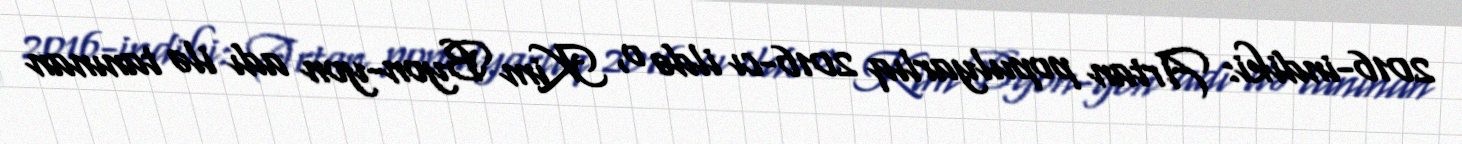
2016-indiki: Artan populyarlıq 2016-cı ildə o, Kim Byon-yon adı ilə tanınan